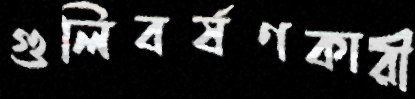
গুলিবর্ষণকারী